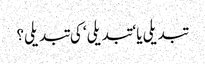
تبدیلی یا ‘تبدیلی‘ کی تبدیلی؟